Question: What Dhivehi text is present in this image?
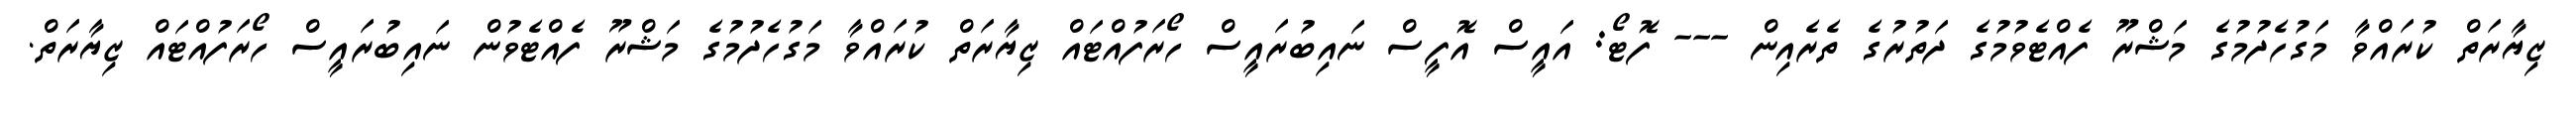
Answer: ޒިޔާރަތް ކުރައްވާ މަގުހެދުމުގެ މަޝްރޫ ފެއްޓެވުމުގެ ދަތުރުގެ ތެރެއިން --- ފޮޓޯ: އައީސް އޮފީސް ނައިބުރައީސް ހޯރަފުއްޓައް ޒިޔާރަތް ކުރައްވާ މަގުހެދުމުގެ މަޝްރޫ ފެއްޓެވުން ނައިބުރައީސް ހޯރަފުއްޓައް ޒިޔާރަތް.